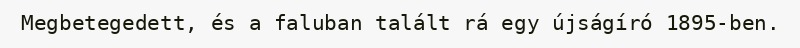
Megbetegedett, és a faluban talált rá egy újságíró 1895-ben.